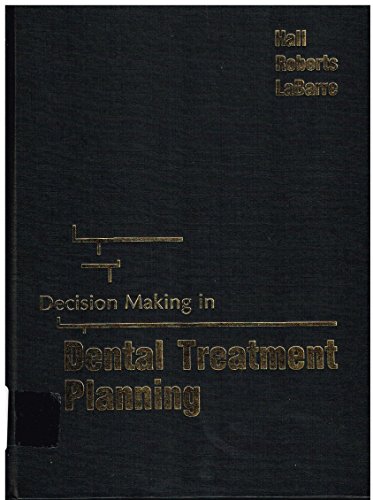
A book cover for Decision Making in Dental Treatment Planning; Walter B. Hall; Medical Books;